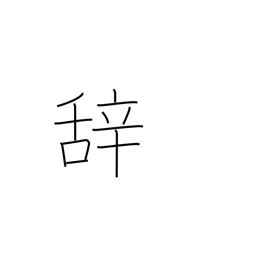
Meaning: term